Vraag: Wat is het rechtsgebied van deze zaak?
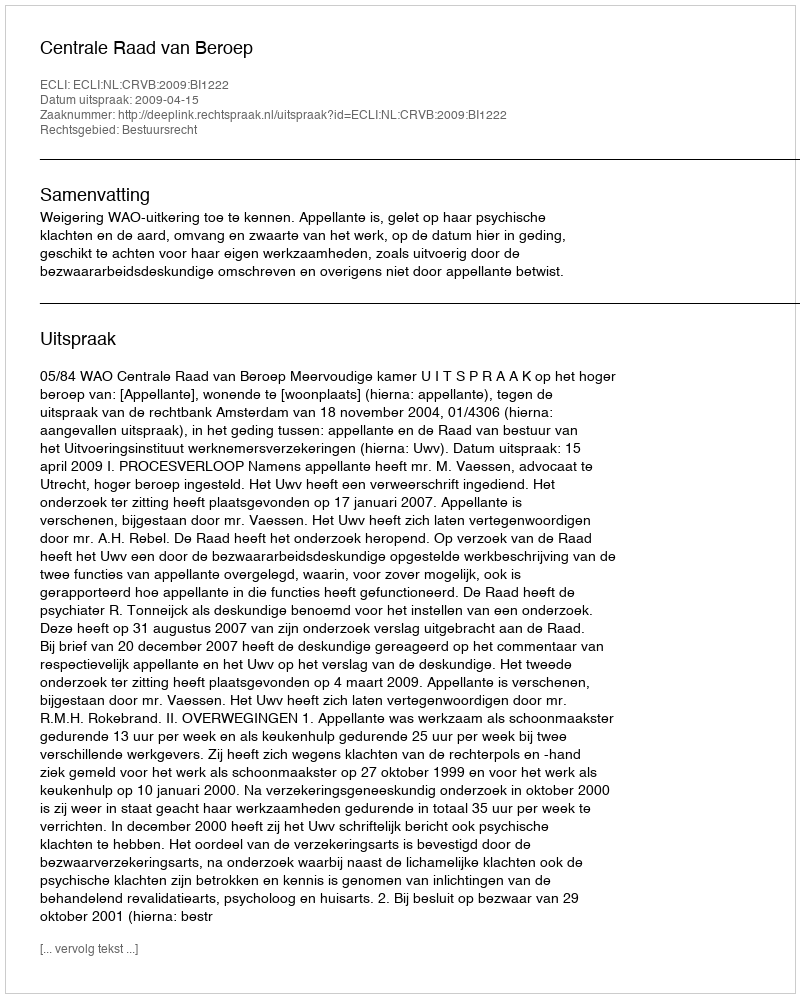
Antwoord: Bestuursrecht